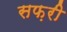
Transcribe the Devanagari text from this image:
सफ़री